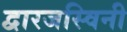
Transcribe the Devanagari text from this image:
द्वारजस्विनी